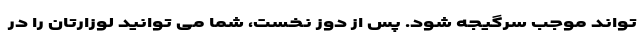
تواند موجب سرگیجه شود. پس از دوز نخست، شما می توانید لوزارتان را در